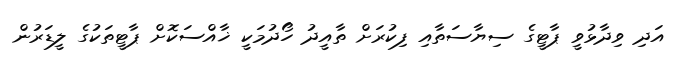
އަދި ވިދާޅުވީ ޕާޓީގެ ސިޔާސަތާއި ފިކުރަށް ތާއީދު ހޯދުމަކީ ޚާއްސަކޮށް ޕާޓީތަކުގެ ލީޑަރުން